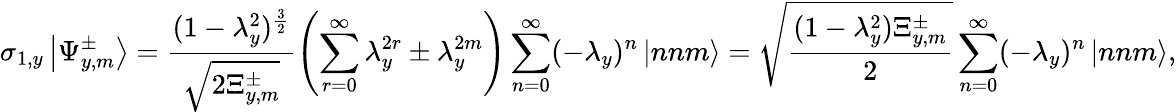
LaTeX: \sigma_{1,y}\left|\Psi_{y,m}^{\pm}\right>=\frac{(1-\lambda_{y}^{2})^{\frac{3}{2}}}{\sqrt{2\Xi_{y,m}^{\pm}}}\left(\sum_{r=0}^{\infty}\lambda_{y}^{2r}\pm\lambda_{y}^{2m}\right)\sum_{n=0}^{\infty}(-\lambda_{y})^{n}\left|nnm\right>=\sqrt{\frac{(1-\lambda_{y}^{2})\Xi_{y,m}^{\pm}}{2}}\sum_{n=0}^{\infty}(-\lambda_{y})^{n}\left|nnm\right>,